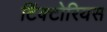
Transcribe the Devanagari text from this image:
टिंक्टोरियस